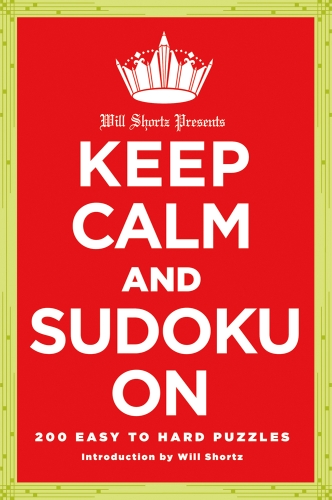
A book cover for Will Shortz Presents Keep Calm and Sudoku On: 200 Easy to Hard Puzzles; The New York Times; Humor & Entertainment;